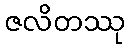
ဇလိတဿု